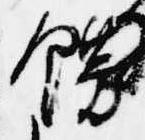
餝